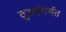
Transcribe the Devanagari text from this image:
दुबईपर्यंत